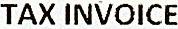
TAX INVOICE